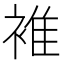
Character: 𧚮